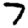
Digit: 7